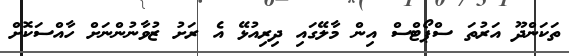
ތަކަންދޫ އަރުތަ ސްޕޯޓްސް އިން މާލޭގައި ދިރިއުޅޭ އެ ރަށު ޒުވާނުންނަށް ހާއްސަކޮށް